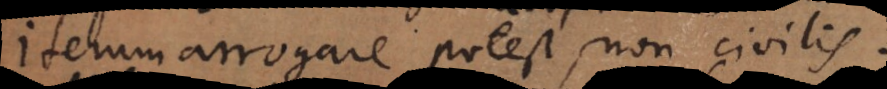
iterum arrogare potest, non civilis.